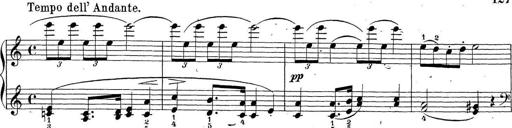
Title: Sonatina Album
Composer: Louis KÃ¶hler